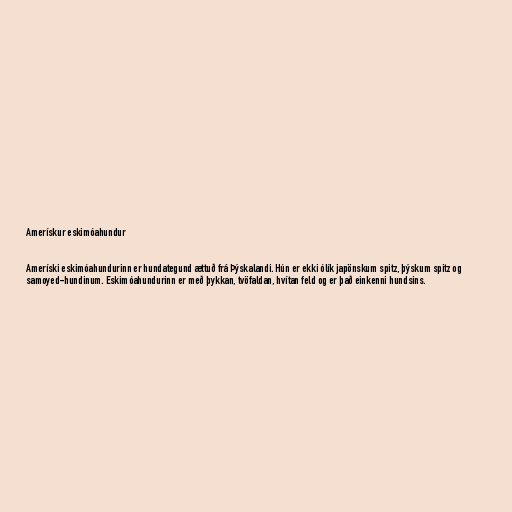
Amerískur eskimóahundur

Ameríski eskimóahundurinn er hundategund ættuð frá Þýskalandi. Hún er ekki ólík japönskum spitz, þýskum spitz og
samoyed-hundinum. Eskimóahundurinn er með þykkan, tvöfaldan, hvítan feld og er það einkenni hundsins.